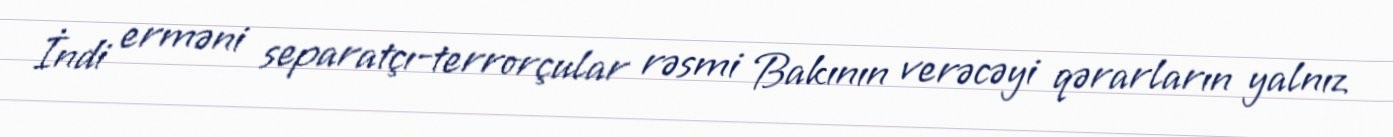
İndi erməni separatçı-terrorçular rəsmi Bakının verəcəyi qərarların yalnız